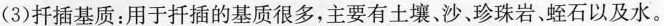
(3)扦插基质：用于扦插的基质很多，主要有土壤、沙、珍珠岩、蛭石以及水。